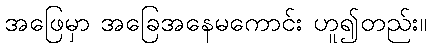
အဖြေမှာ အခြေအနေမကောင်း ဟူ၍တည်း။